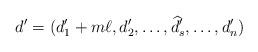
LaTeX: \begin{align*}d'=(d_1'+m\ell, d_2',\dots,\widehat{d}_s',\dots,d_n')\end{align*}